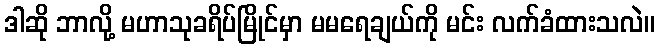
ဒါဆို ဘာလို့ မဟာသုခရိပ်မြိုင်မှာ မမရေချယ်ကို မင်း လက်ခံထားသလဲ။